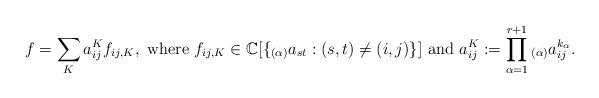
LaTeX: \begin{align*} f = \sum_K a_{ij}^K f_{ij,K}, \mbox{ where } f_{ij,K}\in \mathbb{C}[\{ {}_{(\alpha)}a_{st}: (s,t)\not=(i,j)\} ] \mbox{ and } a_{ij}^K := \prod_{\alpha=1}^{r+1} {}_{(\alpha)}a_{ij}^{k_{\alpha}}. \end{align*}